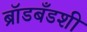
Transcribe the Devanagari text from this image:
ब्रॉडबँडशी